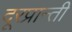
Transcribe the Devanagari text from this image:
दूरप्रान्ती